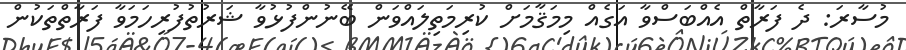
މުސާރަ: ދެ ފަރާތް އެއްބަސްވާ އަގެއް މިމަޤާމަށް ކުރިމަތިލައްވަން ބޭނުންފުޅުވާ ޝަރުތުފުރިހަމަވާ ފަރާތްތަކުން